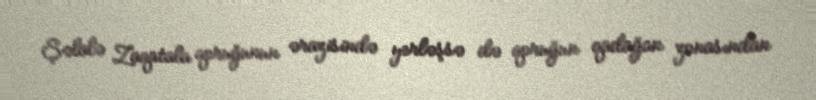
Şəlalə Zaqatala qoruğunun ərazisində yerləşsə də qoruğun qadağan zonasından